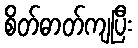
စိတ်ဓာတ်ကျပြီး